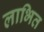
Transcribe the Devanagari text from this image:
लाभित